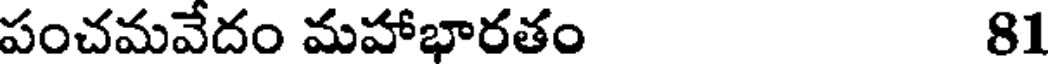
పంచమవేదం మహాభారతం 81